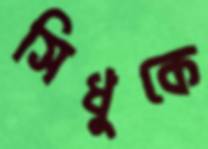
সিধুকে